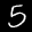
Label: 5